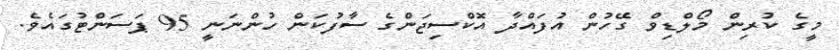
މީގެ ކުރިން މޯލްޑިވް ގޭހުން އުފައްދާ އޮކްސިޖަންގެ ސާފުކަން ހުންނަނީ 95 ޕަސަންޓުގައެވެ.